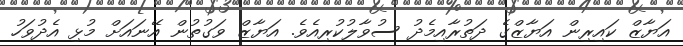
އަޔާޒް ކައިރިން އަޔާޒްގެ ދަތުރާއިމެދު ސުވާލުކުރިއެވެ. އަޔާޒް ވަގުތުން އޭނައަށް މުޅި އެދުވަހު